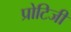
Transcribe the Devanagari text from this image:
प्रोटिजी